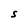
Character: S